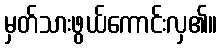
မှတ်သားဖွယ်ကောင်းလှ၏။